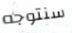
سنتوجه